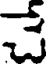
చే